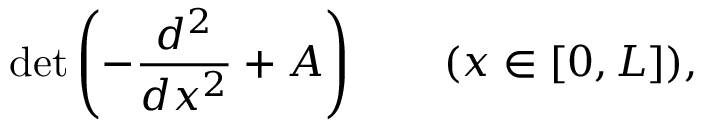
\operatorname* { d e t } \left( - { \frac { d ^ { 2 } } { d x ^ { 2 } } } + A \right) \qquad ( x \in [ 0 , L ] ) ,